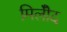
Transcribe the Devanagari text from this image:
मिलीँद